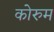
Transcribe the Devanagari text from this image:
कोरुम